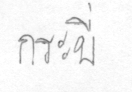
กระบี่